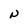
Character: n